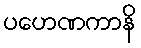
ပဟေဏကာနိ